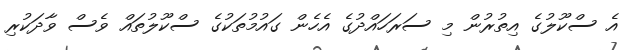
އެ ސްކޫލުގެ އިތުރުން މި ސަރަހައްދުގެ އެހެން ގައުމުތަކުގެ ސްކޫލުތައް ވެސް ވާދަކުރި